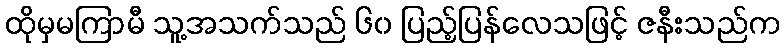
ထိုမှမကြာမီ သူ့အသက်သည် ၆၀ ပြည့်ပြန်လေသဖြင့် ဇနီးသည်က